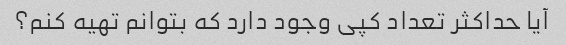
آیا حداکثر تعداد کپی وجود دارد که بتوانم تهیه کنم؟